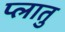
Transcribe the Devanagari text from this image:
प्लातु